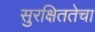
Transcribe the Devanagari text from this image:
सुरक्षिततेचा